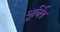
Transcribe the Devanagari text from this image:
भूर्निब